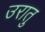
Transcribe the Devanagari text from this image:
उरातु